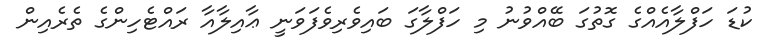
ކުޑަ ހަފްލާއެއްގެ ގޮތުގަ ބޭއްވުނު މި ހަފްލާގަ ބައިވެރިވެފަވަނީ ޢާއިލާއާ ރައްޓެހިންގެ ތެރެއިން